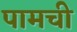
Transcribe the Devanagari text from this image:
पामची